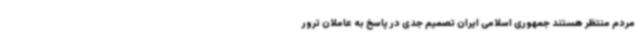
مردم منتظر هستند جمهوری اسلامی ایران تصمیم جدی در پاسخ به عاملان ترور